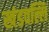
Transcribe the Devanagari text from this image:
खंडवल्लि